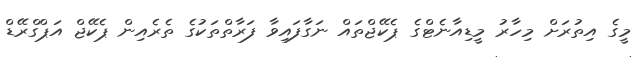
މީގެ އިތުރަށް މިހާރު މީޑިއާނެޓްގެ ޕެކޭޖްތައް ނަގާފައިވާ ފަރާތްތަކުގެ ތެރެއިން ޕެކޭޖް އަޕްގްރޭޑް